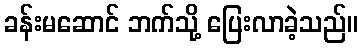
ခန်းမဆောင် ဘက်သို့ ပြေးလာခဲ့သည်။